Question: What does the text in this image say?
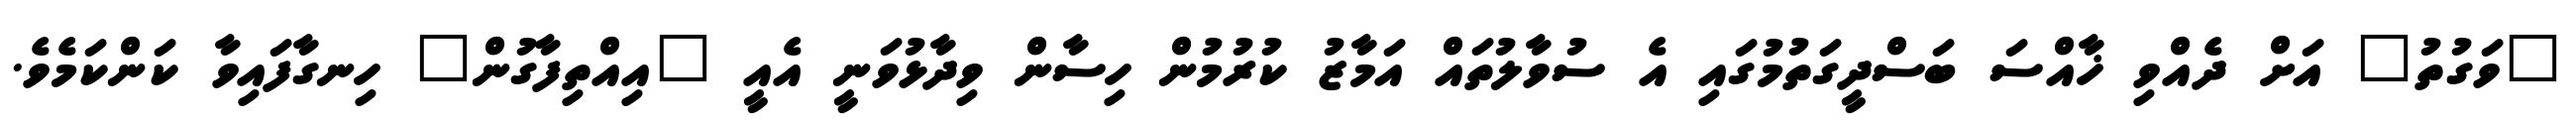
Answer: "ވަގުތު" އަށް ދެއްވި ޚާއްސަ ބަސްދީގަތުމުގައި އެ ސުވާލުތައް އަމާޒު ކުރުމުން ހިސާން ވިދާޅުވަނީ އެއީ "އިއްތިފާގުން" ހިނގާފައިވާ ކަންކަމެވެ.